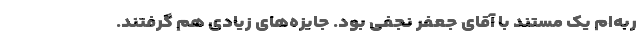
ربه‌ام یک مستند با آقای جعفر نجفی بود. جایزه‌های زیادی هم گرفتند.